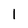
Character: 1